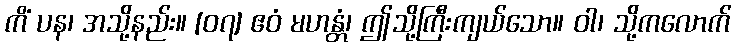
ကိံ ပန၊ အသို့နည်း။ [၀၇] ဧဝံ မဟန္တံ၊ ဤသို့ကြီးကျယ်သော။ ဝါ၊ သို့ကလောက်